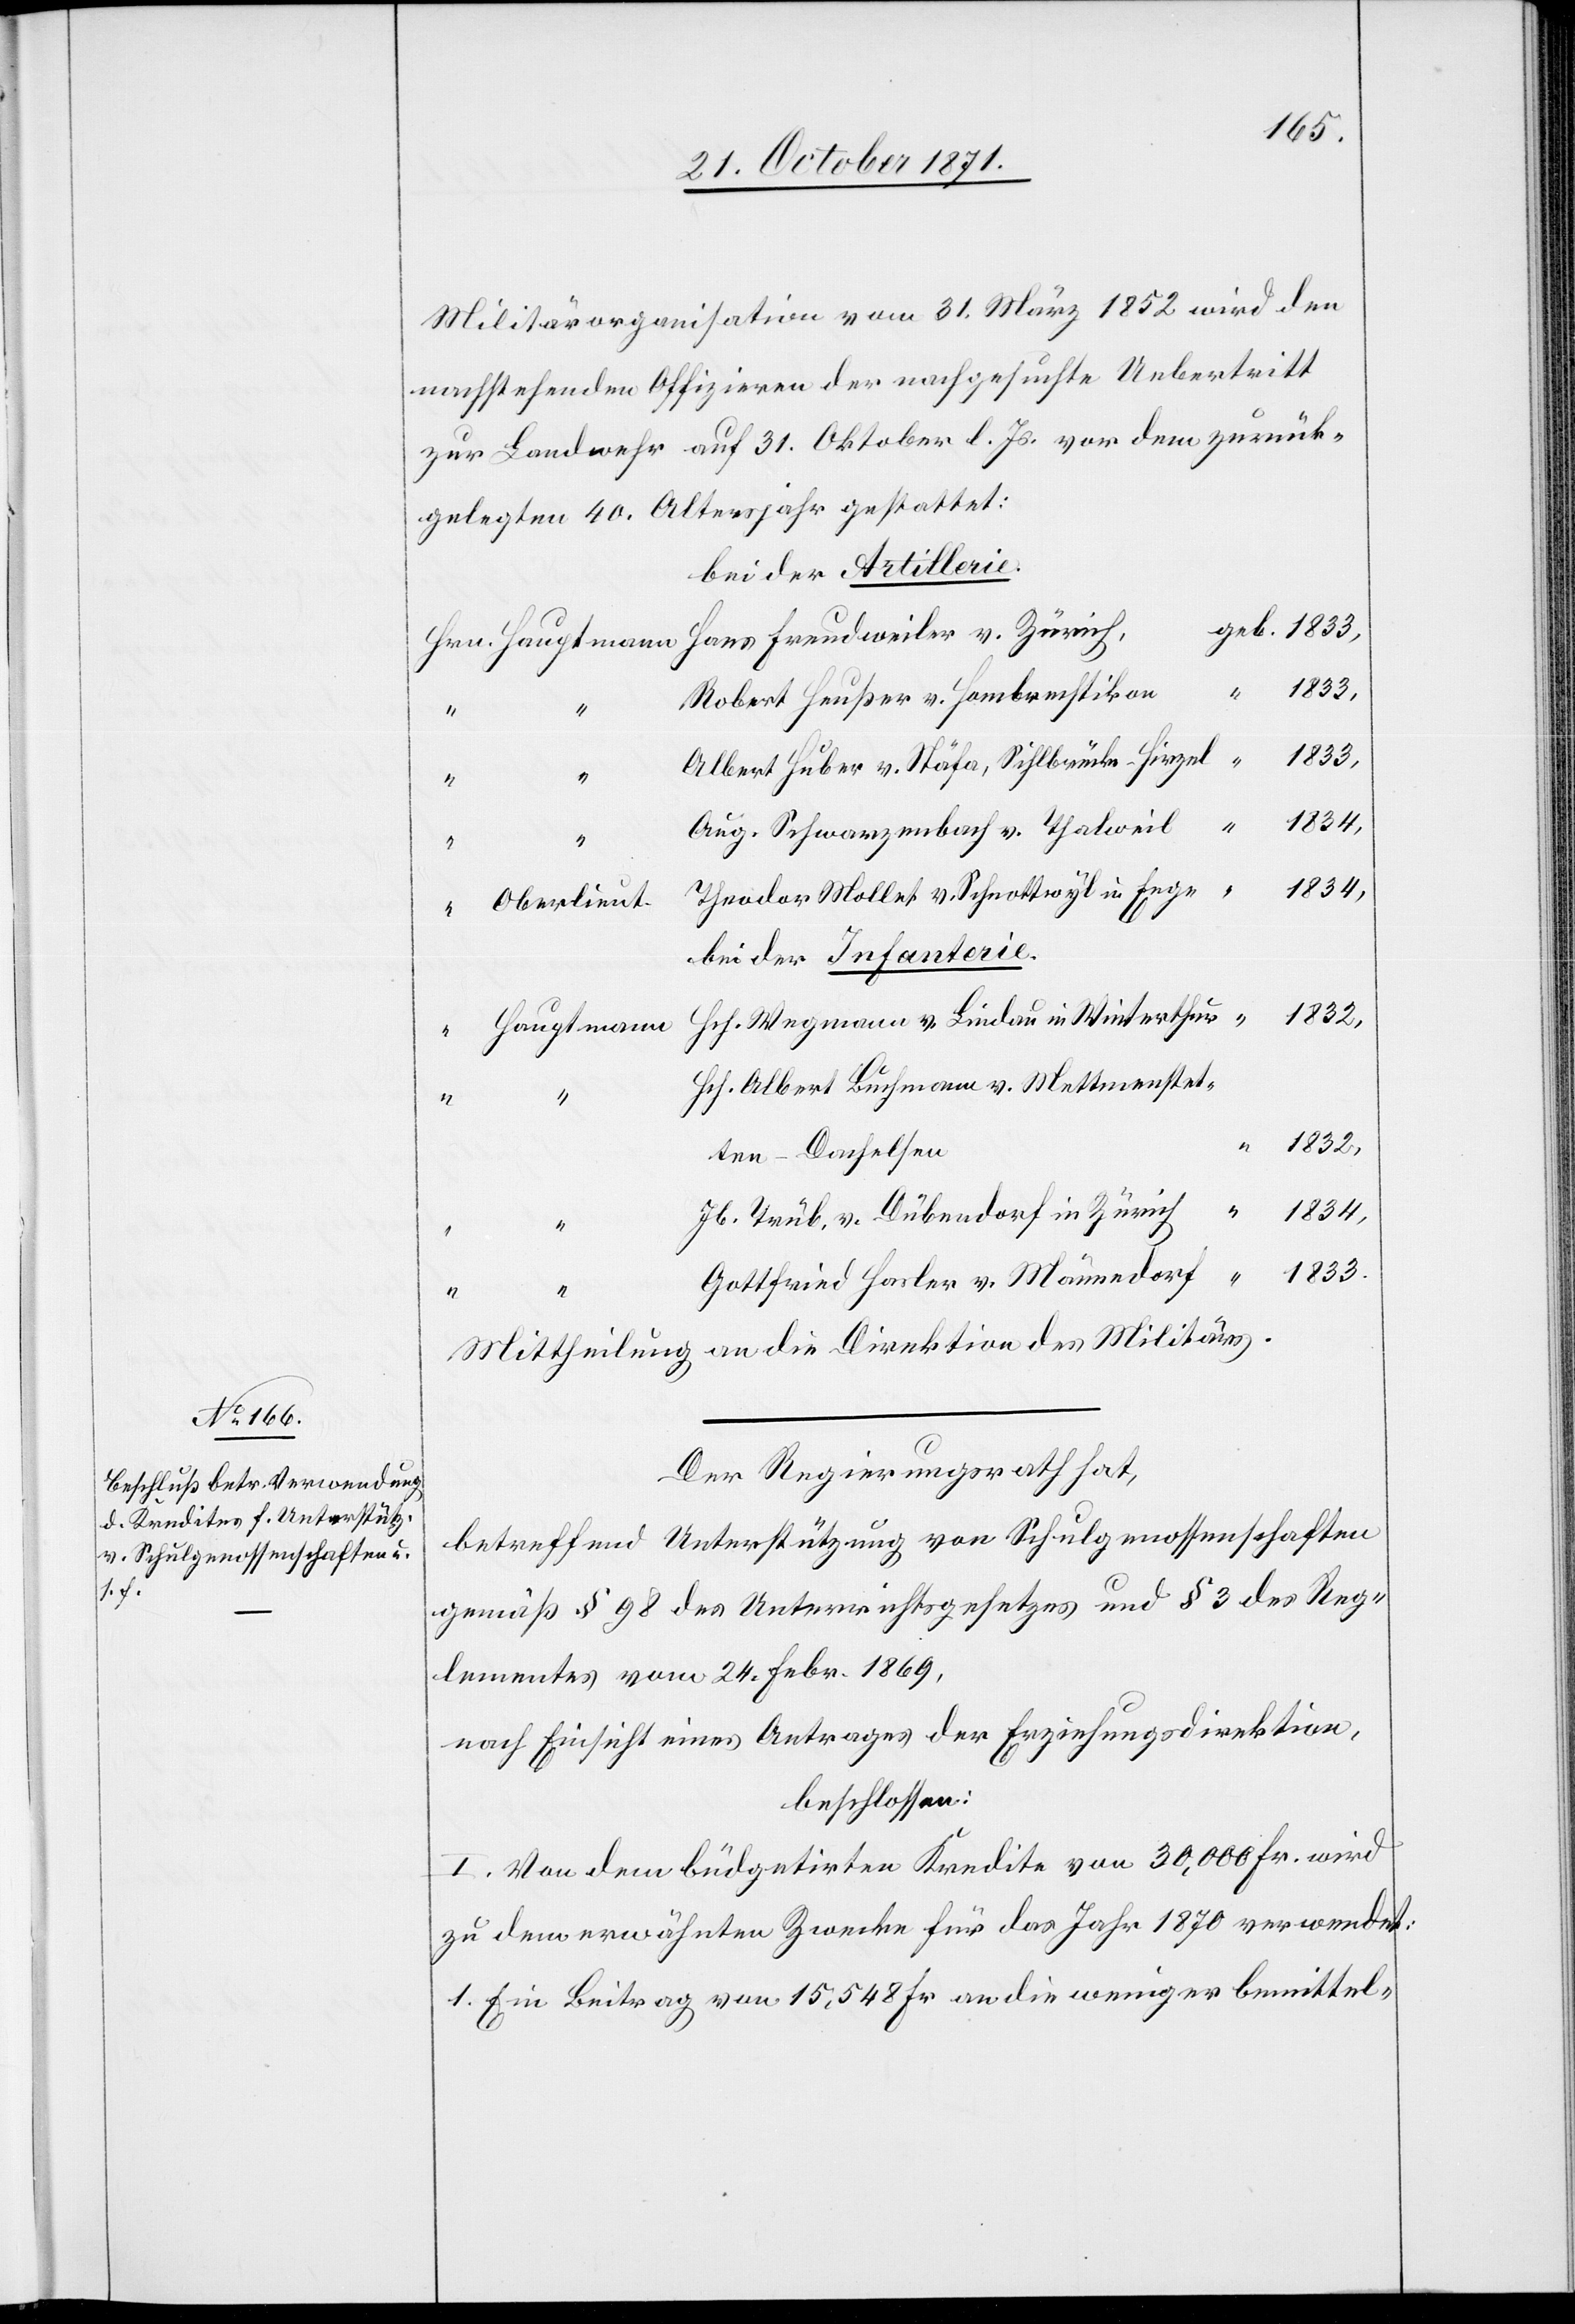
Militärorganisation vom 31. März 1852 wird den
nachstehenden Offizieren der nachgesuchte Uebertritt
zur Landwache auf 31. Oktober l. Js. vor dem zurück¬
gelegten 40. Altersjahr gestattet:
bei der Artillerie.
Hans Freudenweiler v. Zürich,
Robert Heußer v. Hombrechtikon
1833.
Albert Huber v. Stäfa, Sihlbrücke - Hirzel
“
Aug. Schwarzenbach v. Thalweil
“
1834,
Theodor Mollet v. Schrottwyl in Enge
Oberlieut.
bei der Infanterie.
1832,
Hch. Wegmann v. Lindau in Winterthur
Hauptmann
“
Hch. Albert Buchmann v. Mettmenstet¬
ten - Dachelsen
“
1832,
Jb. Trüb v. Dübendorf in Zürich
Gottfried Hasler v. Männedorf
Mittheilung an die Direktion des Militärs.
Der Regierungsrath hat,
betreffend Unterstützung von Schulgenossenschaften
gemäß § 98 des Unterrichtsgesetzes und § 3 des Reg¬
lementes vom 24. Febr. 1869,
nach Einsicht eines Antrages der Erziehungsdirektion,
beschlossen:
I. Von dem budgetirten Kredite von 30,000 Fr. wird
zu dem erwähnten Zwecke für das Jahr 1870 verwendet:
1. Ein Beitrag von 15,548 Fr. an die weniger bemittel-